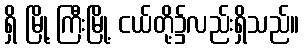
ရှိ မြို့ ကြီးမြို့ ငယ်တို့၌လည်းရှိသည်။